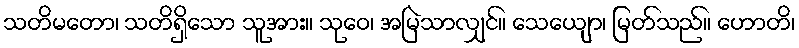
သတိမတော၊ သတိရှိသော သူအား။ သုဝေ၊ အမြဲသာလျှင်။ သေယျော၊ မြတ်သည်။ ဟောတိ၊